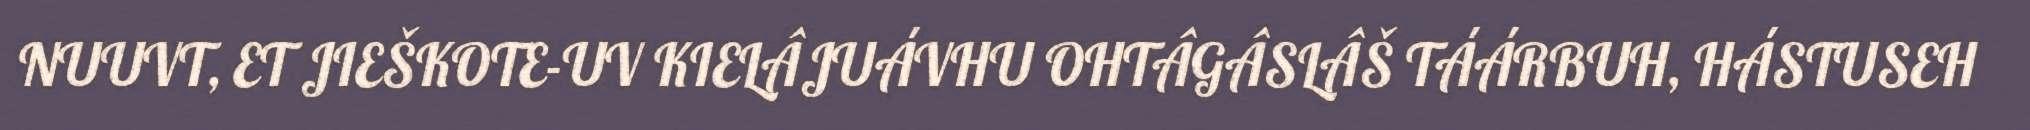
NUUVT, ET JIEŠKOTE-UV KIELÂJUÁVHU OHTÂGÂSLÂŠ TÁÁRBUH, HÁSTUSEH